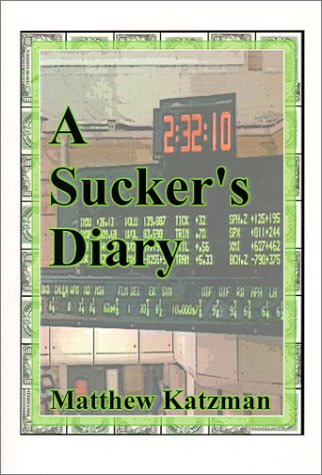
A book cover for A Sucker's Diary; Matthew Katzman; Health, Fitness & Dieting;